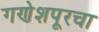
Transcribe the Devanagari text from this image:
गणेशपूरचा